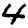
Digit: 4